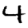
Digit: 4